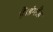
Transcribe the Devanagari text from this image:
हैं।इंग्लैंड